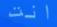
انت